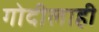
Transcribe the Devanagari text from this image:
गोदीलाही